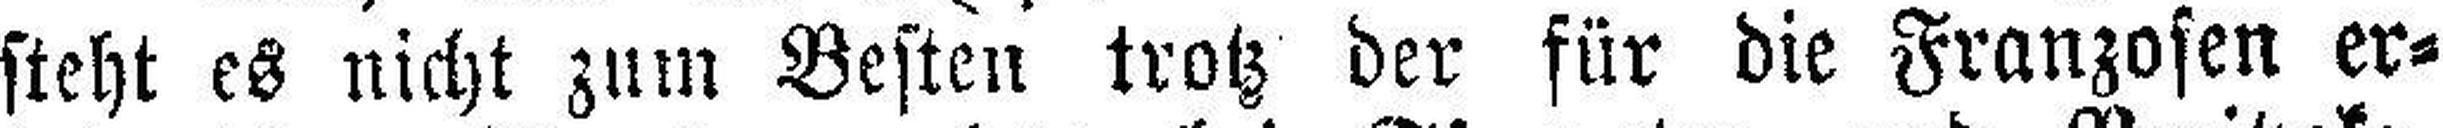
steht es nicht zum Besten trotz der für die Franzosen er¬